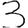
Digit: 3